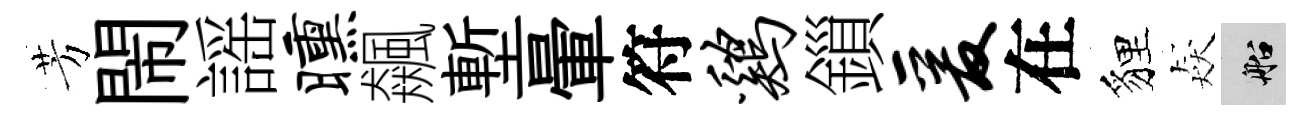
芳閙謡曛飆塹暈符鸡鎻爰在貍猋船